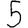
Digit: 5